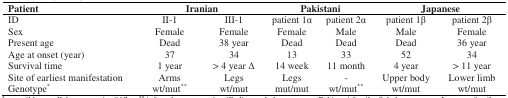
<table><thead><tr><td><b>Patient</b></td><td colspan="2"><b>Iranian</b></td><td colspan="2"><b>Pakistani</b></td><td colspan="2"><b>Japanese</b></td></tr></thead><tbody><tr><td>ID</td><td>II-1</td><td>III-1</td><td>patient 1α</td><td>patient 2α</td><td>patient 1β</td><td>patient 2β</td></tr><tr><td>Sex</td><td>Female</td><td>Female</td><td>Female</td><td>Male</td><td>Male</td><td>Female</td></tr><tr><td>Present age</td><td>Dead</td><td>38 year</td><td>Dead</td><td>Dead</td><td>Dead</td><td>36 year</td></tr><tr><td>Age at onset (year)</td><td>37 </td><td>34 </td><td>13 </td><td>33 </td><td>52 </td><td>34 </td></tr><tr><td>Survival time</td><td>1 year</td><td>&gt; 4 year Δ</td><td>14 week</td><td>11 month</td><td>4 year</td><td>&gt; 11 year</td></tr><tr><td>Site of earliest manifestation</td><td>Arms</td><td>Legs</td><td>Legs</td><td>-</td><td>Upper body</td><td>Lower limb</td></tr><tr><td>Genotype*</td><td>wt/mut**</td><td>wt/mut</td><td>mut/mut</td><td>wt/mut**</td><td>wt/mut</td><td>wt/mut</td></tr></tbody></table>